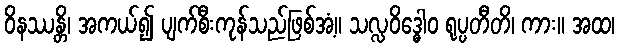
ဝိနဿန္တိ၊ အကယ်၍ ပျက်စီးကုန်သည်ဖြစ်အံ့။ သလ္လဝိဒ္ဓေါဝ ရုပ္ပတီတိ၊ ကား။ အထ၊